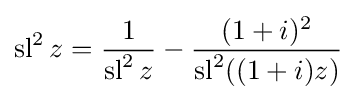
\operatorname {sl} ^{2}z={\frac {1}{\operatorname {sl} ^{2}z}}-{\frac {(1+i)^{2}}{\operatorname {sl} ^{2}((1+i)z)}}